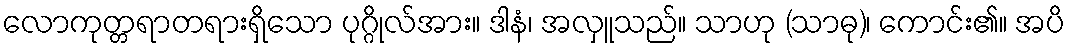
လောကုတ္တရာတရားရှိသော ပုဂ္ဂိုလ်အား။ ဒါနံ၊ အလှူသည်။ သာဟု (သာဓု)၊ ကောင်း၏။ အပိ